Problem: 6 × 3 = ?
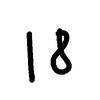
Handwritten answer: 18